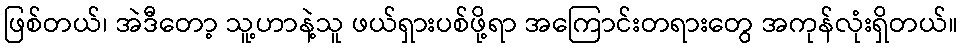
ဖြစ်တယ်၊ အဲဒီတော့ သူ့ဟာနဲ့သူ ဖယ်ရှားပစ်ဖို့ရာ အကြောင်းတရားတွေ အကုန်လုံးရှိတယ်။